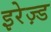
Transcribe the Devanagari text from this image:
इरेज़्ड